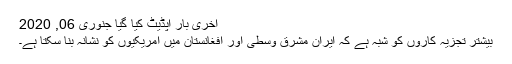
آخری بار اپڈیٹ کیا گیا جنوری 06, 2020
بیشتر تجزیہ کاروں کو شبہ ہے کہ ایران مشرق وسطیٰ اور افغانستان میں امریکیوں کو نشانہ بنا سکتا ہے۔